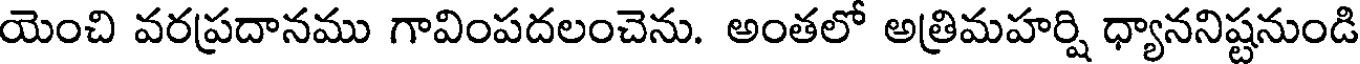
యెంచి వరప్రదానము గావింపదలంచెను. అంతలో అత్రిమహర్షి ధ్యాననిష్టనుండి